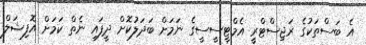
އެ ބަސްތަކުގެ ރަޖިސްޓްރީ އެމްޓީސީސީގެ ނަމަށް ބަދަލުކޮށް ދީފައި ނެތް ކަމަށް އޮފިޝަލް